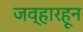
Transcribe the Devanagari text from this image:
जव्हारहून